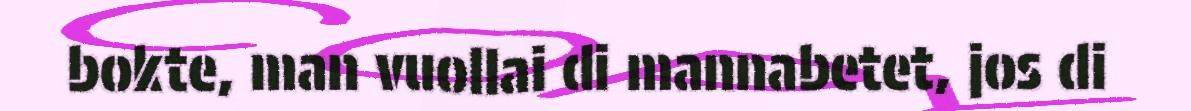
bokte, man vuollai di mannabetet, jos di